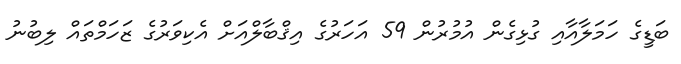
ބަޑީގެ ހަމަލާއާއި ގުޅިގެން އުމުރުން 59 އަހަަރުގެ އިޤްބާލްއަށް އެކިވަރުގެ ޒަހަމްތައް ލިބުނު